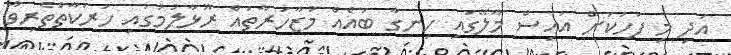
އަދި މި ފަހަކަށް އައިސް މާލޭގައި ހިނގާ ބައެއް މުޒާހަރާތައް ރޫޅާލުމުގައި ހަރަކާތްތެރިވާ